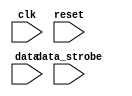
module pci_timing_control (
    input wire clk,
    input wire reset,
    input wire data_strobe,
    input wire data,
    
    // Add any additional signals required for timing control
    
    // Timing control logic goes here
    // This could include edge detection, signal alignment, buffering, etc.
    
    // Synchronization logic goes here
    
    // Add any additional logic required for proper timing and synchronization within the PCI Express controller
);

    // Place your Verilog code for timing control and synchronization here

endmodule